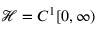
{ \mathcal { H } } = C ^ { 1 } [ 0 , \infty )